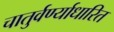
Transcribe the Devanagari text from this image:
चातुर्वर्ण्याधारित